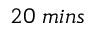
2 0 \; m i n s